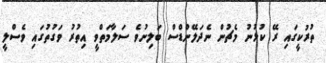
ތުރުކީގައި ރޭ ކުޅުނު މެޗުން ނެދަލޭންޑްސް ބަލިނުވެ ސަލާމަތްވީ އިތުރު ވަގުތުގައި ވެސްލީ